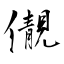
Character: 儬